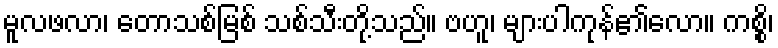
မူလဖလာ၊ တောသစ်မြစ် သစ်သီးတို့သည်။ ဗဟူ၊ များပါကုန်၏လော။ ကစ္စိ၊